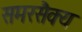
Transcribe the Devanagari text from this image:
समरसैक्य